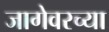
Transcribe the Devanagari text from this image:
जागेवरच्या